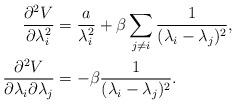
LaTeX: \begin{align*}\frac{\partial^2 V}{\partial\lambda_i^2} &= \frac{a}{\lambda_i^2} + \beta \sum_{j \ne i} \frac{1}{(\lambda_i - \lambda_j)^2},\\\frac{\partial^2 V}{\partial\lambda_i \partial \lambda_j} &= - \beta \frac{1}{(\lambda_i - \lambda_j)^2}.\end{align*}